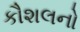
કૌશલનો